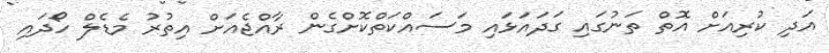
އަދި ކުރިއަށް އޮތް ތަނުގައި ގަދައަޅައި މަސައްކަތްކޮށްގެން ރާއްޖެއަށް އިތުރު މެޑެލް ހޯދައި